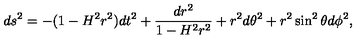
d s ^ { 2 } = - ( 1 - H ^ { 2 } r ^ { 2 } ) d t ^ { 2 } + \frac { d r ^ { 2 } } { 1 - H ^ { 2 } r ^ { 2 } } + r ^ { 2 } d \theta ^ { 2 } + r ^ { 2 } \sin ^ { 2 } \theta d \phi ^ { 2 } ,